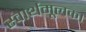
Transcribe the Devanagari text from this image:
स्वार्थमूलक।